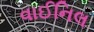
વાઈનિલ